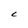
Character: C